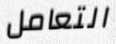
التعامل